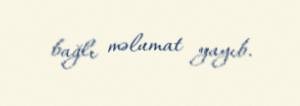
bağlı məlumat yayıb.